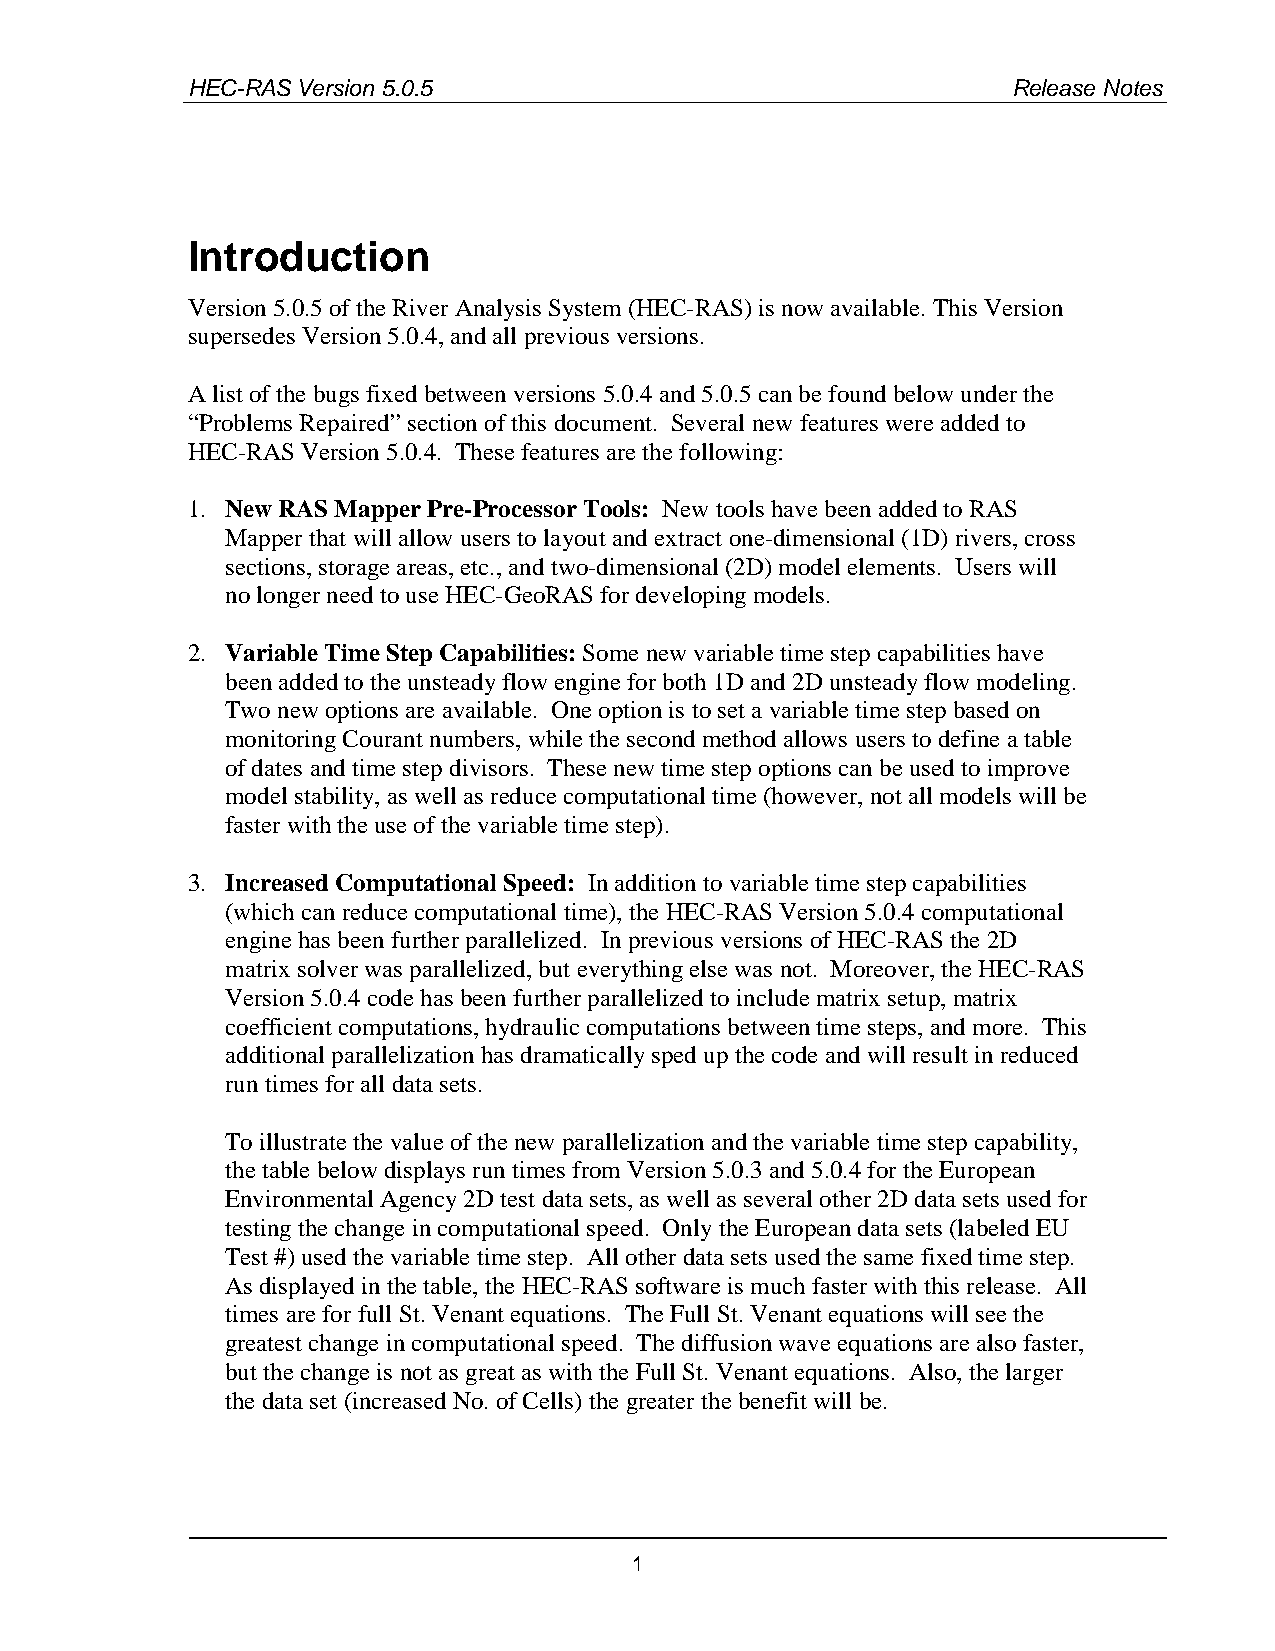
HEC-RAS Version 5.0.5                                  Release Notes
 Introduction
 Version 5.0.5 of the River Analysis System (HEC-RAS) is now available. This Version
 supersedes Version 5.0.4, and all previous versions.
 A list of the bugs fixed between versions 5.0.4 and 5.0.5 can be found below under the
 “Problems Repaired” section of this document. Several new features were added to
 HEC-RAS Version 5.0.4. These features are the following:
 1. New RAS Mapper Pre-Processor Tools: New tools have been added to RAS
 Mapper that will allow users to layout and extract one-dimensional (1D) rivers, cross
 sections, storage areas, etc., and two-dimensional (2D) model elements. Users will
 no longer need to use HEC-GeoRAS for developing models.
 2. Variable Time Step Capabilities: Some new variable time step capabilities have
 been added to the unsteady flow engine for both 1D and 2D unsteady flow modeling.
 Two new options are available. One option is to set a variable time step based on
 monitoring Courant numbers, while the second method allows users to define a table
 of dates and time step divisors. These new time step options can be used to improve
 model stability, as well as reduce computational time (however, not all models will be
 faster with the use of the variable time step).
 3. Increased Computational Speed: In addition to variable time step capabilities
 (which can reduce computational time), the HEC-RAS Version 5.0.4 computational
 engine has been further parallelized. In previous versions of HEC-RAS the 2D
 matrix solver was parallelized, but everything else was not. Moreover, the HEC-RAS
 Version 5.0.4 code has been further parallelized to include matrix setup, matrix
 coefficient computations, hydraulic computations between time steps, and more. This
 additional parallelization has dramatically sped up the code and will result in reduced
 run times for all data sets.
 To illustrate the value of the new parallelization and the variable time step capability,
 the table below displays run times from Version 5.0.3 and 5.0.4 for the European
 Environmental Agency 2D test data sets, as well as several other 2D data sets used for
 testing the change in computational speed. Only the European data sets (labeled EU
 Test #) used the variable time step. All other data sets used the same fixed time step.
 As displayed in the table, the HEC-RAS software is much faster with this release. All
 times are for full St. Venant equations. The Full St. Venant equations will see the
 greatest change in computational speed. The diffusion wave equations are also faster,
 but the change is not as great as with the Full St. Venant equations. Also, the larger
 the data set (increased No. of Cells) the greater the benefit will be.
 1